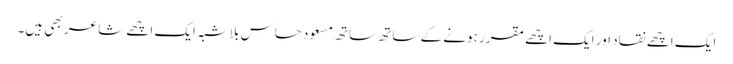
ایک اچھے نقاد اور ایک اچھے مقرر ہونے کے ساتھ ساتھ مسعود حساس بلاشبہ ایک اچھے شاعر بھی ہیں۔